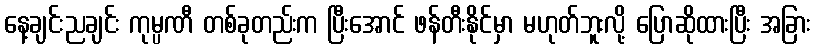
နေ့ချင်းညချင်း ကုမ္ပဏီ တစ်ခုတည်းက ပြီးအောင် ဖန်တီးနိုင်မှာ မဟုတ်ဘူးလို့ ပြောဆိုထားပြီး အခြား